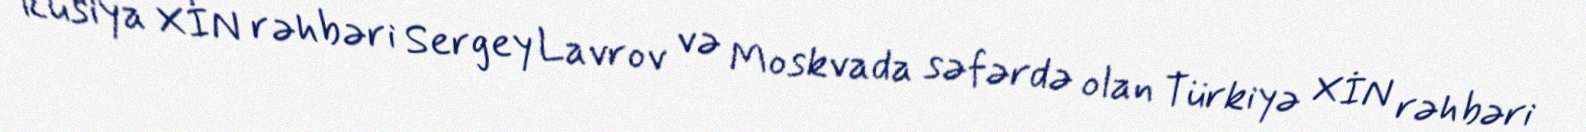
Rusiya XİN rəhbəri Sergey Lavrov və Moskvada səfərdə olan Türkiyə XİN rəhbəri